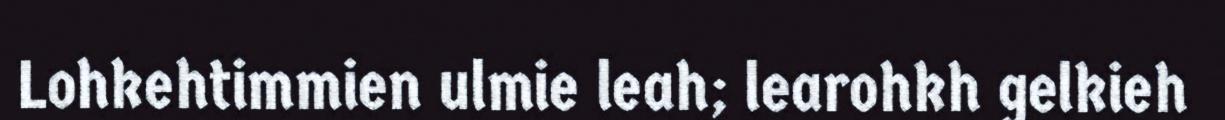
Lohkehtimmien ulmie leah; learohkh gelkieh